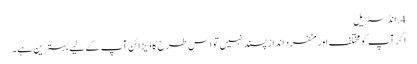
4. ​انڈسٹریل
اگر آپ کو مختلف اور منفرد انداز پسند نہیں تو اس طرح کا ڈیزائن آپ کے لیے بہترین ہے۔